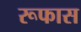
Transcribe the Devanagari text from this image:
रूफास